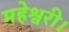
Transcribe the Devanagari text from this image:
महेश्वरी।